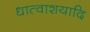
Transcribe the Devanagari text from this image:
धात्वाशयादि